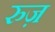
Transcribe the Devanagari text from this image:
रुज़